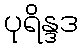
ပုရိန္ဒဒ